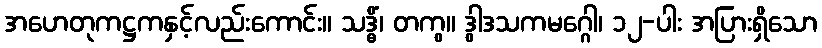
အဟေတုကဋ္ဌကနှင့်လည်းကောင်း။ သဒ္ဓိံ၊ တကွ။ ဒွါဒသကမဂ္ဂေါ၊ ၁၂-ပါး အပြားရှိသော